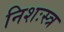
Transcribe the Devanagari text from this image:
निशःस्त्र